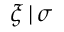
\xi \, | \, \sigma